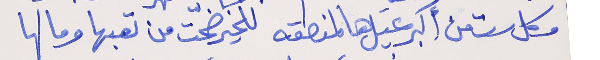
وكل ست من اكبر عيَل هالمنطقه  للخير ضحّت من تعبها ومالها